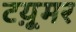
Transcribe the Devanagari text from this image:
टय़ूमर